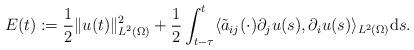
LaTeX: \begin{align*} E(t) := \frac{1}{2} \|u(t)\|_{L^{2}(\Omega)}^{2} + \frac{1}{2} \int_{t - \tau}^{t} \langle \tilde{a}_{ij}(\cdot) \partial_{j} u(s), \partial_{i} u(s)\rangle_{L^{2}(\Omega)} \mathrm{d}s. \end{align*}